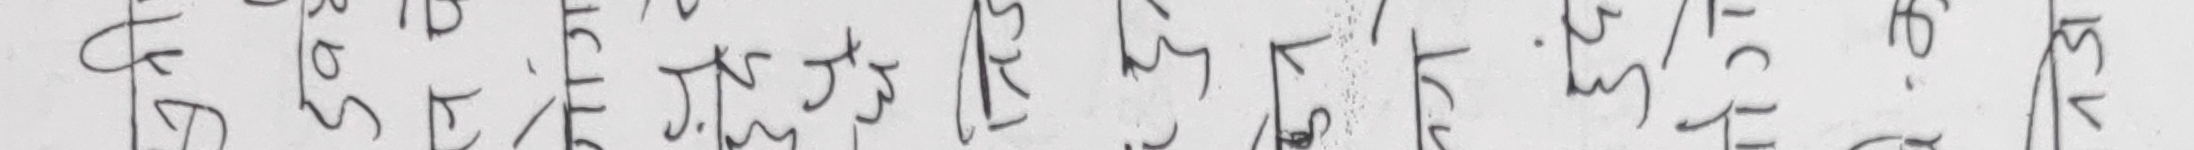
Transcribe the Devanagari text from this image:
ङ ध ज भ द म ख ग ह घ य ट र प ल फ व छ ष झ स ठ श ड क्ष ढ त्र ण श्र